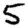
Digit: 5